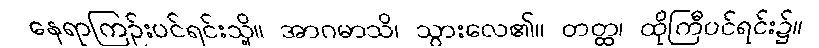
နေရာကြဉ်းပင်ရင်းသို့။ အာဂမာသိ၊ သွားလေ၏။ တတ္ထ၊ ထိုကြီပင်ရင်း၌။